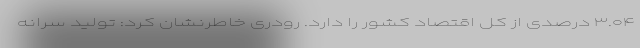
۳.۰۴ درصدی از کل اقتصاد کشور را دارد. رودری خاطرنشان کرد: تولید سرانه